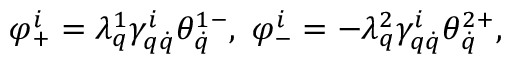
\varphi _ { + } ^ { i } = \lambda _ { q } ^ { 1 } \gamma _ { q \dot { q } } ^ { i } \theta _ { \dot { q } } ^ { 1 - } , \ \varphi _ { - } ^ { i } = - \lambda _ { q } ^ { 2 } \gamma _ { q \dot { q } } ^ { i } \theta _ { \dot { q } } ^ { 2 + } ,